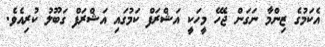
އެކަމުގެ ޒިންމާ ނަގަން ޖެހޭ މީހަކީ އަޝްރަފް ކަމުގައި އަޝްރަފް ގަބޫލު ކުރިއެވެ.